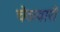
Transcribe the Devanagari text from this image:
चेकवारों